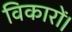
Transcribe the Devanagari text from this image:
विकारों।